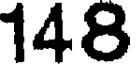
148